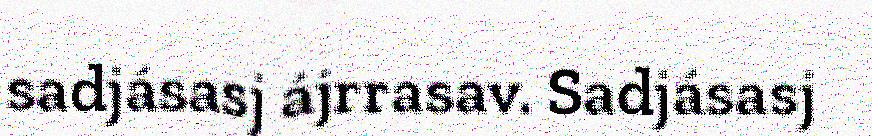
sadjásasj ájrrasav. Sadjásasj